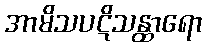
အာမိသပဋိသန္ထာရော